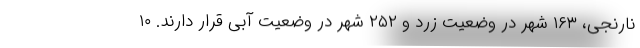
نارنجی، ۱۶۳ شهر در وضعیت زرد و ۲۵۲ شهر در وضعیت آبی قرار دارند. ۱۰